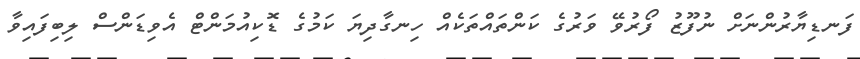
ފަނޑިޔާރުންނަށް ނުފޫޒު ފޯރުވޭ ވަރުގެ ކަންތައްތަކެއް ހިނގާދިޔަ ކަމުގެ ޑޮކިއުމަންޓް އެވިޑަންސް ލިބިފައިވާ